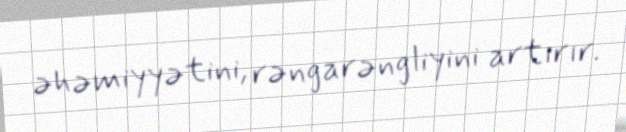
əhəmiyyətini, rəngarəngliyini artırır.